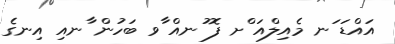
އައްޑަ ަނ މެއިލްއަ ްށ ފޮ ުނއް ާވ ބަހުން ާނއި އިނގެ